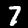
Label: 7